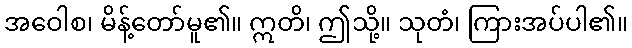
အဝေါစ၊ မိန့်တော်မူ၏။ ဣတိ၊ ဤသို့။ သုတံ၊ ကြားအပ်ပါ၏။